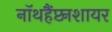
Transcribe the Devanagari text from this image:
नॉथहैंप्टनशायर